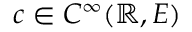
c \in C ^ { \infty } ( \mathbb { R } , E )